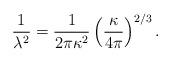
LaTeX: \begin{align*}\frac{1}{\lambda^{2}} = \frac{1}{2 \pi \kappa^{2}} \left( \frac{\kappa}{4 \pi} \right)^{2/3}.\end{align*}